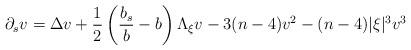
LaTeX: \begin{align*} \partial_s v = \Delta v +\frac{1}{2} \left(\frac{b_s}{b}-b\right) \Lambda _\xi v-3(n-4) v^2-(n-4)|\xi|^3 v^3\end{align*}